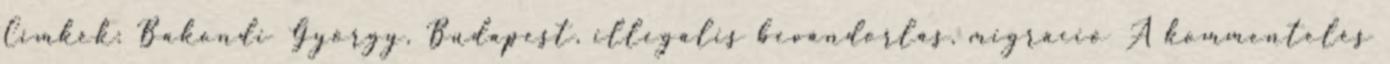
Címkék: Bakondi György, Budapest, illegális bevándorlás, migráció A kommentelés